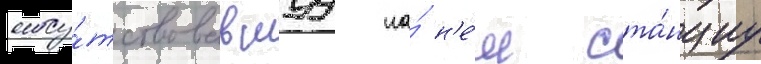
отсу́тствовавшуу на́ н'е́м ста́нциу